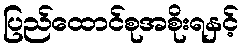
ပြည်ထောင်စုအစိုးရနှင့်